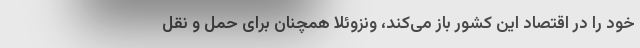
خود را در اقتصاد این کشور باز می‌کند، ونزوئلا همچنان برای حمل و نقل